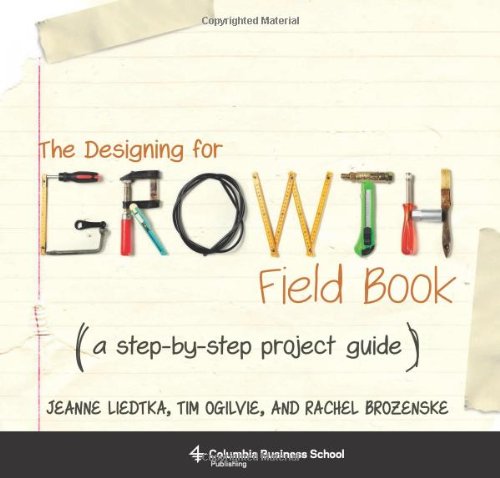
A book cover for The Designing for Growth Field Book: A Step-by-Step Project Guide (Columbia Business School Publishing); Jeanne Liedtka; Arts & Photography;